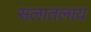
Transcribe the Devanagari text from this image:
सलातलाय